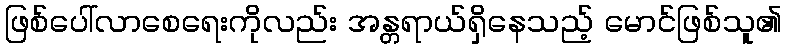
ဖြစ်ပေါ်လာစေရေးကိုလည်း အန္တရာယ်ရှိနေသည့် မောင်ဖြစ်သူ၏